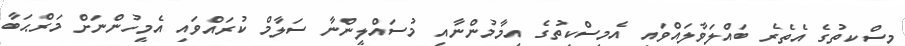
މިސްކިތުގެ އެތެރެ ބައްލަވާލައްވައި އެމިސްކިތުގެ އިމާމުންނާއި މުސައްލީންނާ ސަލާމް ކުރައްވައި އެމީހުންނަށް މަރްޙަބާ